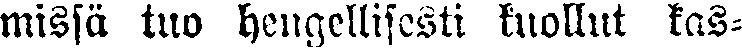
missä tuo hengellisesti kuollut kas-